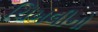
ચિખલીનો